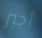
أجبر